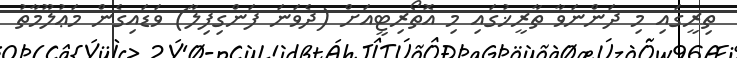
ތިރީގައި މި ދަންނަވާ ތާރީޚުގައި މި އޮތޯރިޓީއަށް (ދެވަނަ ފަންގިފިލާ) ވަޑައިގެން މަޢުލޫމާތު